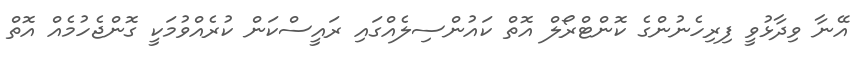
އޭނާ ވިދާޅުވީ ފިރިހެނުންގެ ކޮންޓްރޯލް އޮތް ކައުންސިލެއްގައި ރައީސްކަން ކުރެއްވުމަކީ ގޮންޖެހުމެއް އޮތް